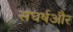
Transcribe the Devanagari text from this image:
संघर्षऔर